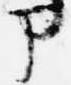
部